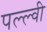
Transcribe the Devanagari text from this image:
पल्ल्वी